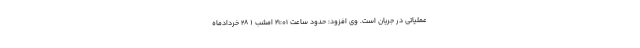
عملیاتی در جریان است. وی افزود: حدود ساعت ۲۱:۰۱ امشب ( ۲۸ خردادماه